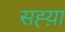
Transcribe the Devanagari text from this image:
सह्य़ा